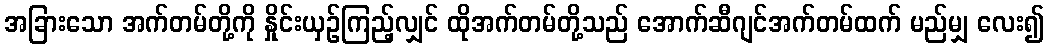
အခြားသော အက်တမ်တို့ကို နှိုင်းယှဉ်ကြည့်လျှင် ထိုအက်တမ်တို့သည် အောက်ဆီဂျင်အက်တမ်ထက် မည်မျှ လေး၍